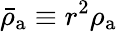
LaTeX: \bar{\rho}_{\mathrm{a}}\equiv r^{2}\rho_{\mathrm{a}}